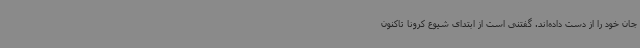
جان خود را از دست داده‌اند. گفتنی است از ابتدای شیوع کرونا تاکنون